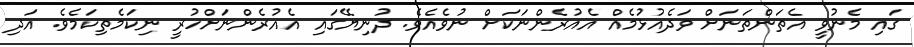
ގައި މެނުވީ އެތަންތަނަށް ވަދެއުޅުމެއް އެއުރެންނަކަށް ނުވެއެވެ. ދުނިޔޭގައި އެއުރެންނަށްހުރީ ނިކަމެތިކަމެވެ. އަދި